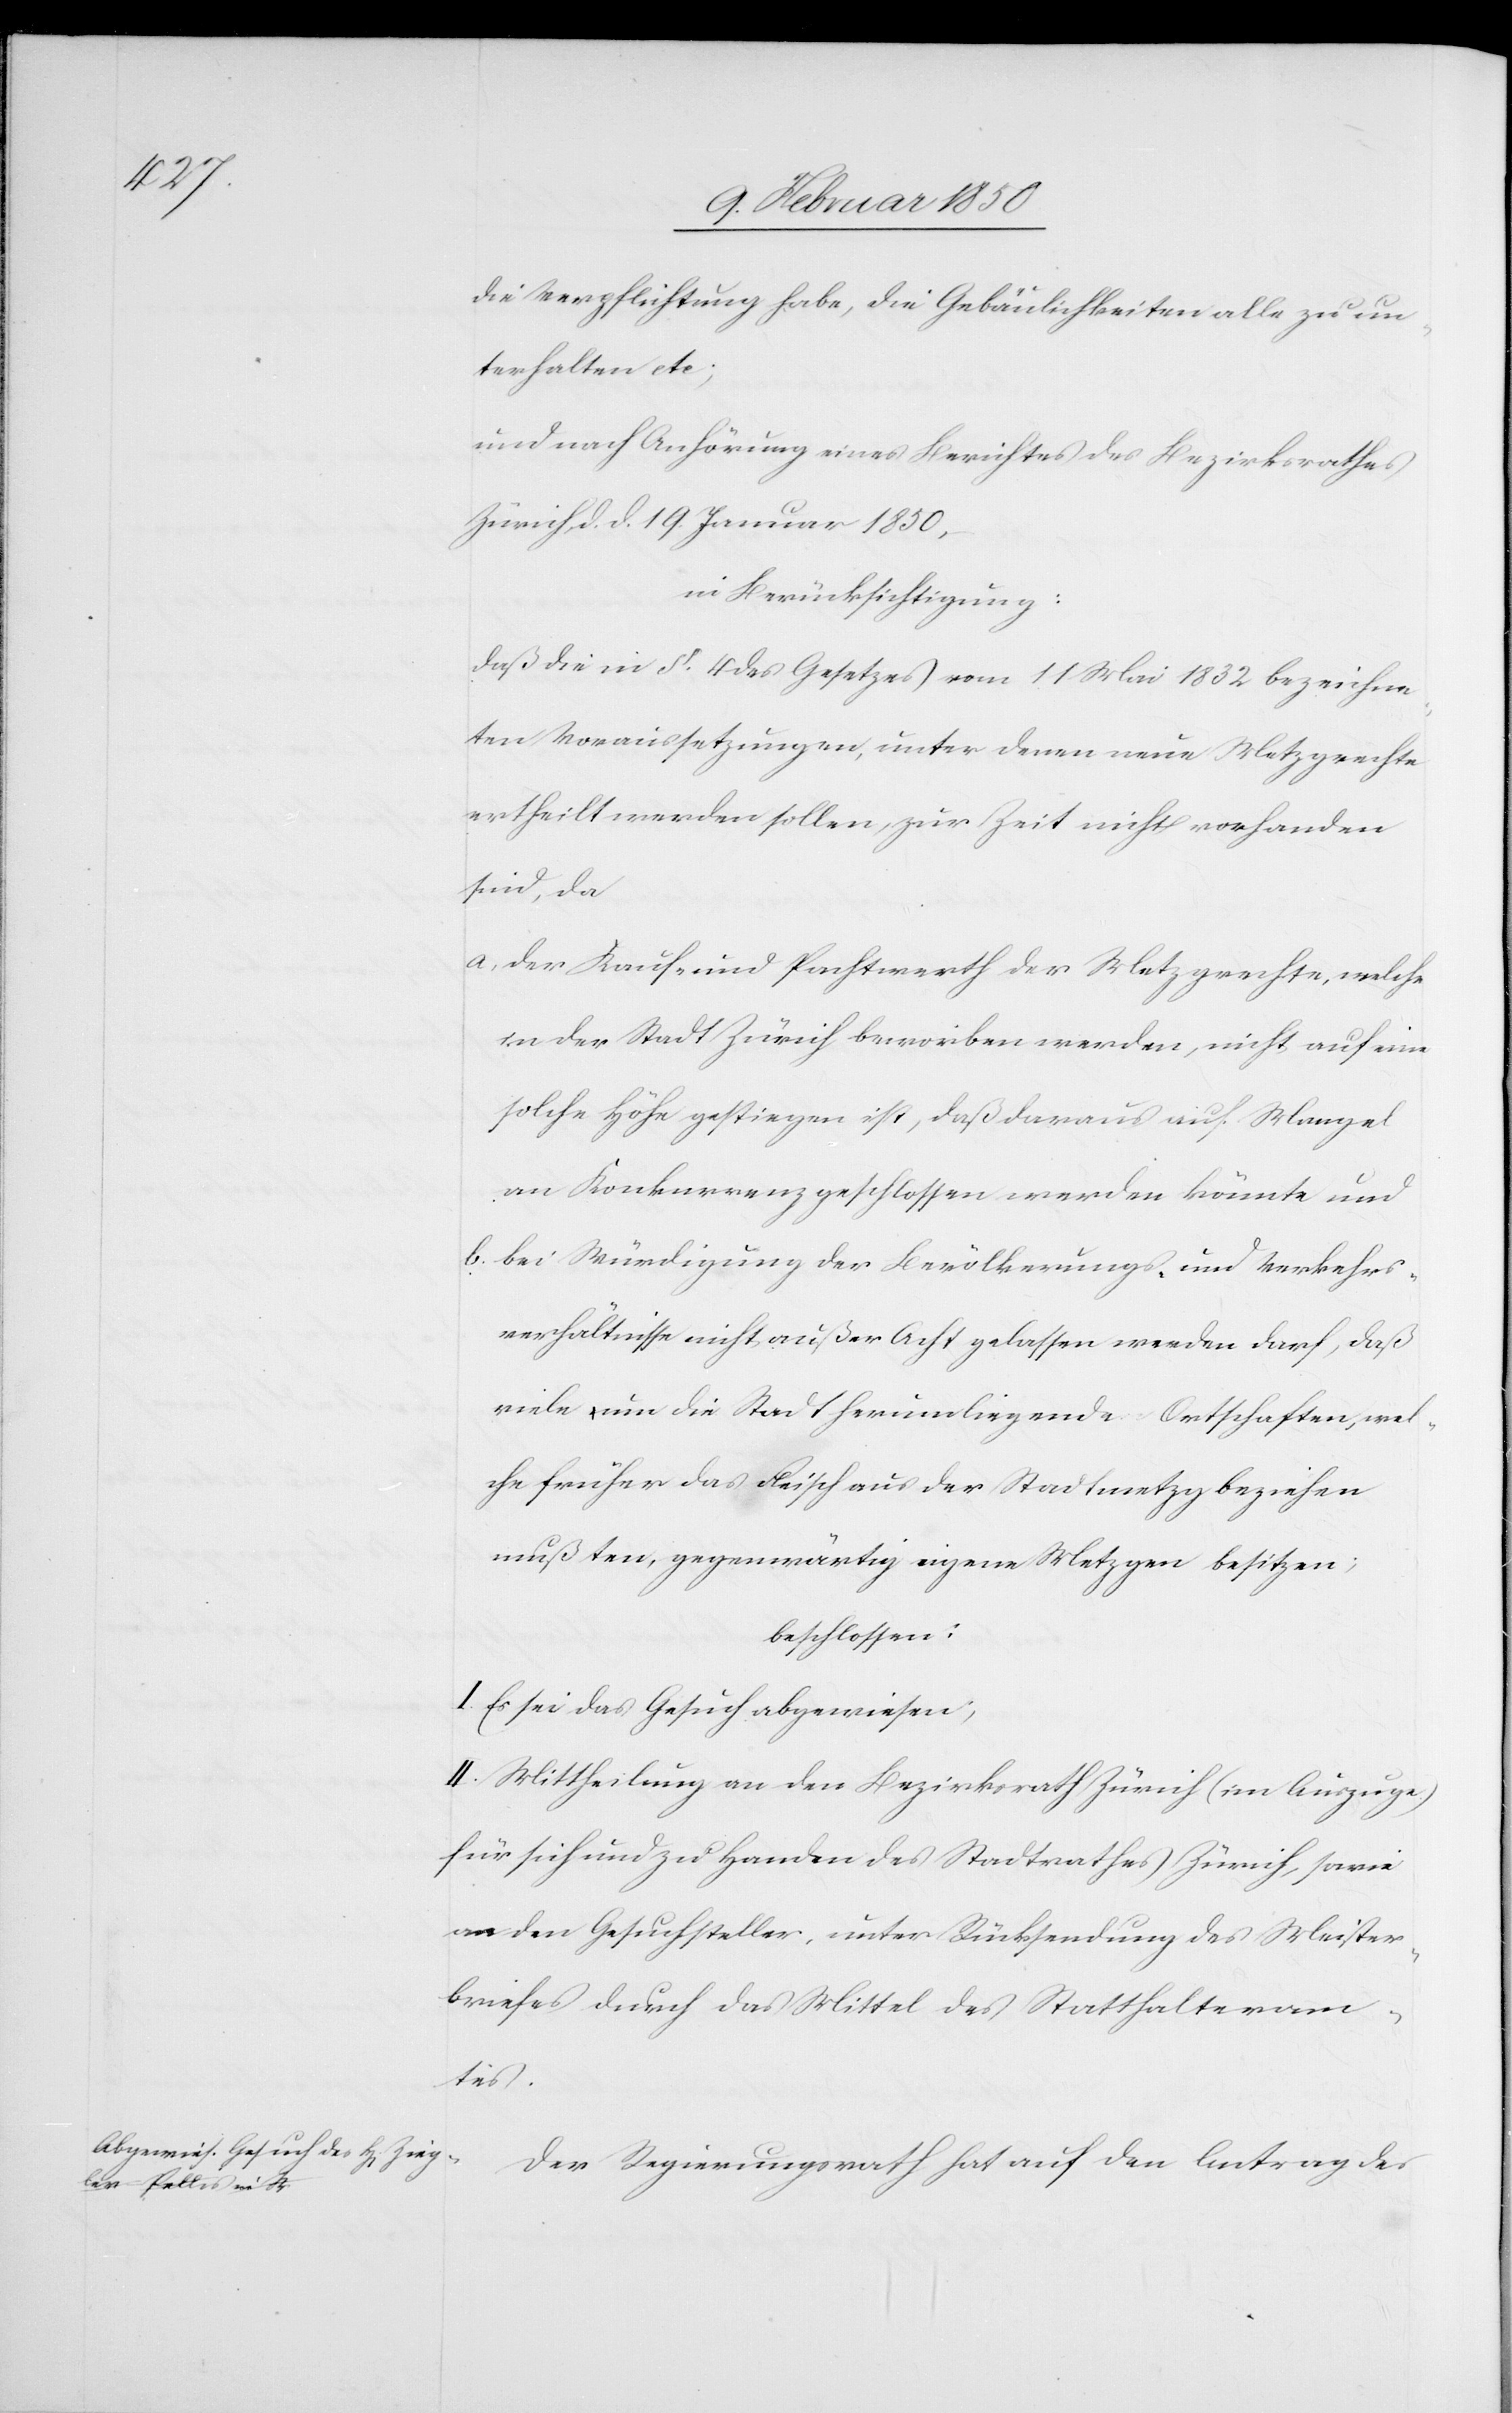
die Verpflichtung habe, die Gebäulichkeiten alle zu un¬
terhalten etc;
und nach Anhörung eines Berichtes des Bezirksrathes
Zürich, d. d. 19. Januar 1850,
in Berücksichtigung:
Daß die in §. 4 des Gesetzes vom 11 Mai 1832 bezeichne¬
ten Voraussetzungen, unter denen neue Metzgrechte
ertheilt werden sollen, zur Zeit nicht vorhanden
sind, da
a. der Kauf- und Pachtwerth der Mezgrechte, welche
in der Stadt Zürich beworben werden, nicht auf eine
solche Höhe gestiegen ist, daß daraus auf Mangel
an Konkurrenz geschlossen werden könnte und
b. bei Würdigung der Bevölkerungs- und Verkehrs¬
verhältnisse nicht außer Acht gelassen werden darf, daß
viele um die Stadt herumliegende Ortschaften, wel¬
che früher das Fleisch aus der Stadtmetzg beziehen
mußten, gegenwärtig eigene Metzgen besitzen;
beschlossen:
I. Es sei das Gesuch abgewiesen;
II. Mittheilung an den Bezirksrath Zürich (im Auszuge)
für sich und zu Handen des Stadtrathes Zürich, sowie
an den Gesuchsteller, unter Rücksendung des Meister¬
briefes durch das Mittel des Statthalteram¬
tes.
Der Regierungsrath hat auf den Antrag des